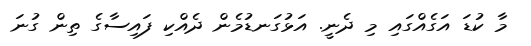
މާ ކުޑަ އަގެއްގައި މި ދެނީ. އަޅުގަނޑުމެން ދެއްކި ފައިސާގެ ތިން ގުނަ